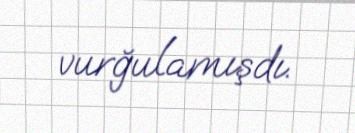
vurğulamışdı.